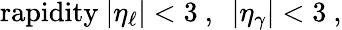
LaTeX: \mathrm{rapidity~}|\eta_{\ell}|<3~,~~|\eta_{\gamma}|<3~,